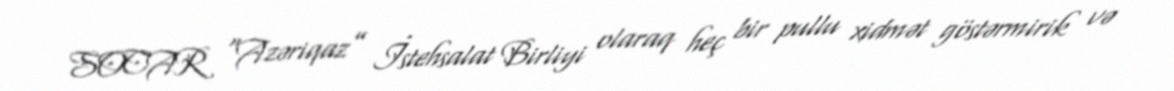
SOCAR “Azəriqaz” İstehsalat Birliyi olaraq heç bir pullu xidmət göstərmirik və